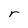
Character: r